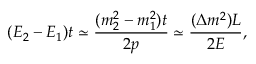
( E _ { 2 } - E _ { 1 } ) t \simeq { \frac { ( m _ { 2 } ^ { 2 } - m _ { 1 } ^ { 2 } ) t } { 2 p } } \simeq { \frac { ( \Delta m ^ { 2 } ) L } { 2 E } } ,